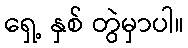
ရှေ့ နှစ် တွဲမှာပါ။